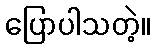
ပြောပါသတဲ့။